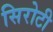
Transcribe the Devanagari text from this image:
सिरोटी